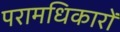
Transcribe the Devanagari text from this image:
परामधिकारों